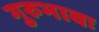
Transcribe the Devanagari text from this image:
गुरुभावः